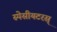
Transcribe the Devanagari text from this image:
स्पेसीयटरस्